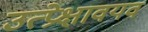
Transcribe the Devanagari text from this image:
उत्प्रेक्षावयव